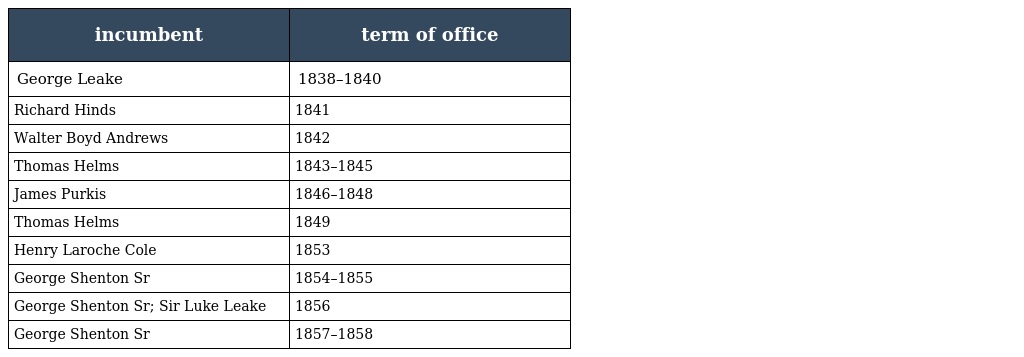
| incumbent | term of office |
 | --- | --- |
 | George Leake | 1838–1840 |
 | Richard Hinds | 1841 |
 | Walter Boyd Andrews | 1842 |
 | Thomas Helms | 1843–1845 |
 | James Purkis | 1846–1848 |
 | Thomas Helms | 1849 |
 | Henry Laroche Cole | 1853 |
 | George Shenton Sr | 1854–1855 |
 | George Shenton Sr; Sir Luke Leake | 1856 |
 | George Shenton Sr | 1857–1858 |